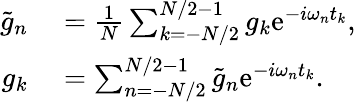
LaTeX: \begin{array}{rl}{\tilde{g}_{n}}&{{}=\frac{1}{N}\sum_{k=-N/2}^{N/2-1}g_{k}\mathrm{e}^{-i\omega_{n}t_{k}},}\\ {g_{k}}&{{}=\sum_{n=-N/2}^{N/2-1}\tilde{g}_{n}\mathrm{e}^{-i\omega_{n}t_{k}}.}\end{array}